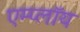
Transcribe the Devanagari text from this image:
एम्प्लॉय